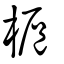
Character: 槴